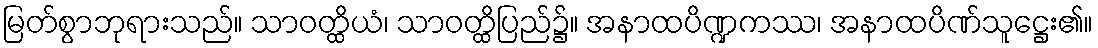
မြတ်စွာဘုရားသည်။ သာဝတ္ထိယံ၊ သာဝတ္ထိပြည်၌။ အနာထပိဏ္ဍကဿ၊ အနာထပိဏ်သူဋ္ဌေး၏။